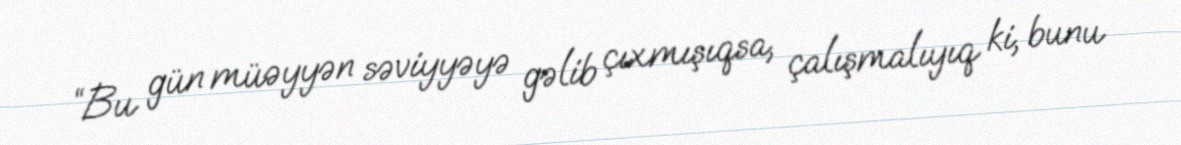
“Bu gün müəyyən səviyyəyə gəlib çıxmışıqsa, çalışmalıyıq ki, bunu